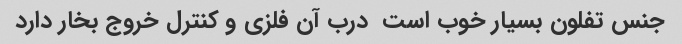
جنس تفلون بسیار خوب است  درب آن فلزی و کنترل خروج بخار دارد